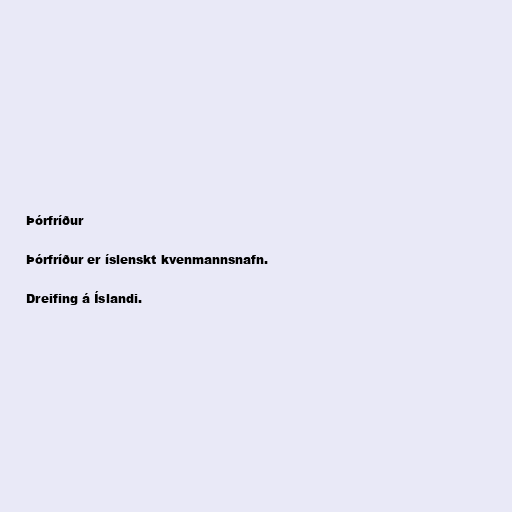
Þórfríður

Þórfríður er íslenskt kvenmannsnafn.

Dreifing á Íslandi.